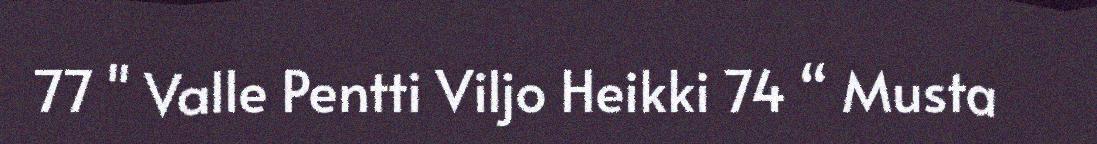
77 " Valle Pentti Viljo Heikki 74 “ Musta